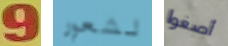
9 لشعور أصغوا